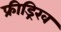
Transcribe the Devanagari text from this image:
फ्रीड्रिख